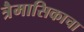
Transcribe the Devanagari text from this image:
त्रैमासिकाचा